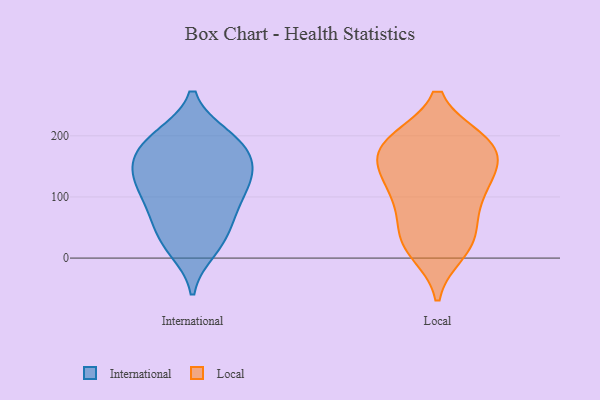
{"axis": {"x": "Gross Profit (USD K)", "y": "Value"}, "legend": ["International", "Local"], "data": [{"x": "", "y": 153, "type": "International"}, {"x": "", "y": 135, "type": "International"}, {"x": "", "y": 192, "type": "International"}, {"x": "", "y": 73, "type": "International"}, {"x": "", "y": 198, "type": "International"}, {"x": "", "y": 186, "type": "International"}, {"x": "", "y": 33, "type": "International"}, {"x": "", "y": 135, "type": "International"}, {"x": "", "y": 82, "type": "International"}, {"x": "", "y": 193, "type": "International"}, {"x": "", "y": 82, "type": "International"}, {"x": "", "y": 126, "type": "International"}, {"x": "", "y": 158, "type": "International"}, {"x": "", "y": 28, "type": "International"}, {"x": "", "y": 118, "type": "International"}, {"x": "", "y": 15, "type": "International"}, {"x": "", "y": 192, "type": "Local"}, {"x": "", "y": 33, "type": "Local"}, {"x": "", "y": 190, "type": "Local"}, {"x": "", "y": 178, "type": "Local"}, {"x": "", "y": 160, "type": "Local"}, {"x": "", "y": 33, "type": "Local"}, {"x": "", "y": 146, "type": "Local"}, {"x": "", "y": 124, "type": "Local"}, {"x": "", "y": 22, "type": "Local"}, {"x": "", "y": 11, "type": "Local"}, {"x": "", "y": 192, "type": "Local"}, {"x": "", "y": 137, "type": "Local"}, {"x": "", "y": 80, "type": "Local"}, {"x": "", "y": 189, "type": "Local"}, {"x": "", "y": 87, "type": "Local"}, {"x": "", "y": 111, "type": "Local"}]}